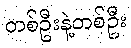
တစ်ဦးနဲ့တစ်ဦး